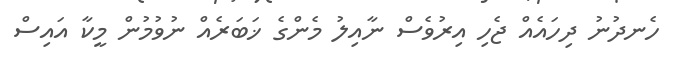
ހެނދުނު ދިހައެއް ޖެހި އިރުވެސް ނާއިލު މެންގެ ޚަބަރެއް ނުވުމުން މީކާ އައިސް